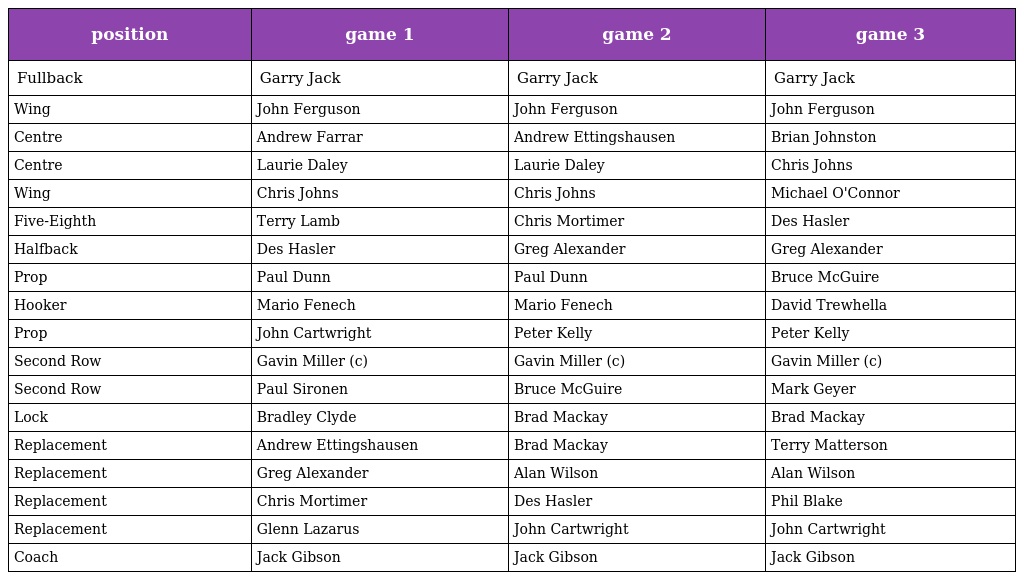
| position | game 1 | game 2 | game 3 |
 | --- | --- | --- | --- |
 | Fullback | Garry Jack | Garry Jack | Garry Jack |
 | Wing | John Ferguson | John Ferguson | John Ferguson |
 | Centre | Andrew Farrar | Andrew Ettingshausen | Brian Johnston |
 | Centre | Laurie Daley | Laurie Daley | Chris Johns |
 | Wing | Chris Johns | Chris Johns | Michael O'Connor |
 | Five-Eighth | Terry Lamb | Chris Mortimer | Des Hasler |
 | Halfback | Des Hasler | Greg Alexander | Greg Alexander |
 | Prop | Paul Dunn | Paul Dunn | Bruce McGuire |
 | Hooker | Mario Fenech | Mario Fenech | David Trewhella |
 | Prop | John Cartwright | Peter Kelly | Peter Kelly |
 | Second Row | Gavin Miller (c) | Gavin Miller (c) | Gavin Miller (c) |
 | Second Row | Paul Sironen | Bruce McGuire | Mark Geyer |
 | Lock | Bradley Clyde | Brad Mackay | Brad Mackay |
 | Replacement | Andrew Ettingshausen | Brad Mackay | Terry Matterson |
 | Replacement | Greg Alexander | Alan Wilson | Alan Wilson |
 | Replacement | Chris Mortimer | Des Hasler | Phil Blake |
 | Replacement | Glenn Lazarus | John Cartwright | John Cartwright |
 | Coach | Jack Gibson | Jack Gibson | Jack Gibson |